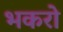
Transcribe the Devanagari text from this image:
भकरो